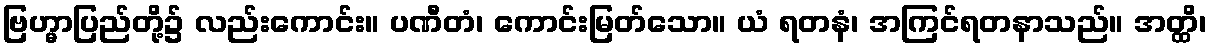
ဗြဟ္မာပြည်တို့၌ လည်းကောင်း။ ပဏီတံ၊ ကောင်းမြတ်သော။ ယံ ရတနံ၊ အကြင်ရတနာသည်။ အတ္ထိ၊